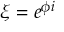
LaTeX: \xi = e ^ { \phi i }